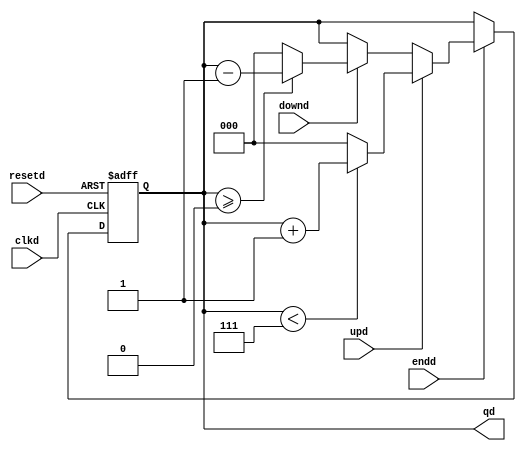
`timescale 1ns / 1ps
//////////////////////////////////////////////////////////////////////////////////
// Company: 
// Engineer: 
// 
// Design Name: 
// Module Name:    contador_dias 
// Project Name: 
// Target Devices: 
// Tool versions: 
// Description: 
//
// Dependencies: 
//
// Revision: 
// Revision 0.01 - File Created
// Additional Comments: 
//
//////////////////////////////////////////////////////////////////////////////////
module contador_dias(
   input wire clkd,
		input wire resetd,
		input wire endd,
		input wire upd,
		input wire downd,
		output wire [2:0] qd
		
    );

//Signal Declarations
reg [2:0]q_actd, q_nextd;


//Body of "state" registers
always@(posedge clkd,posedge resetd)
	if(resetd)
		q_actd <= 0;
	else
		q_actd <= q_nextd;

//Specified functions of the counter 		
always@*
begin
	if(endd)
	begin
		if(upd) 
			begin
				if(qd < 3'd7) 
				begin
					q_nextd = q_actd + 1'b1;
				
				end
				else 
					q_nextd = 3'b0;
			end
		else if(downd)
			begin
				if (qd >= 3'b0) 
					begin				
						q_nextd = q_actd - 1'sb1;
					end
				else 
					q_nextd=3'b0;		
			end
		else 
			q_nextd = q_actd;
	end
	else 
		q_nextd = q_actd;


end

assign qd = q_actd;
 
endmodule